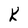
Character: X